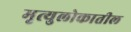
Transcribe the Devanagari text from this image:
मृत्युलोकातील